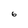
Character: 6